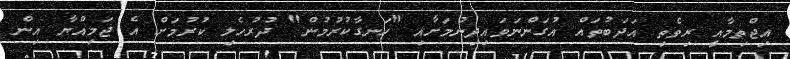
އިޖްތިމާއީ ރިވެތި އަދަބުތައް އުގަންނަވައިދިނުމަށާއި "ހަނގާކުރުމުން" ދުރުހެލި ކުރުމަށް އެ ޖަމިއްޔާ އިން